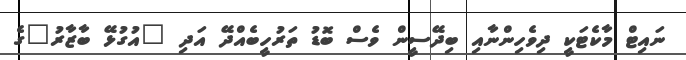
ނައިޓް މާކެޓަކީ ދިވެހިންނާއި ބިދޭސީން ވެސް ބޮޑު ތަރުހީބެއްދޭ އަދި "އުގުޅޭ ބާޒާރު"ގެ